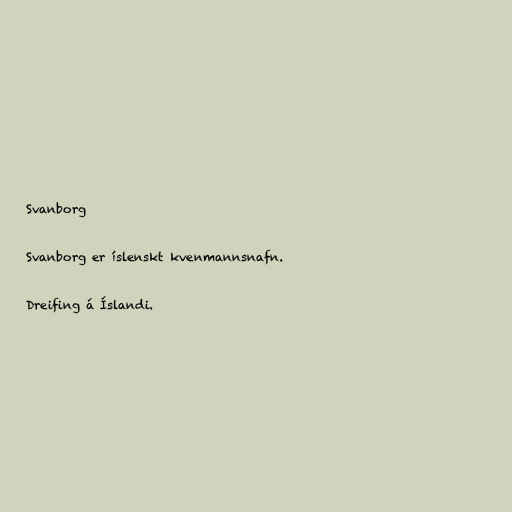
Svanborg

Svanborg er íslenskt kvenmannsnafn.

Dreifing á Íslandi.